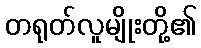
တရုတ်လူမျိုးတို့၏